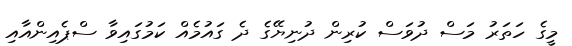
މީގެ ހަތަރު މަސް ދުވަސް ކުރިން ދުނިޔޭގެ ދެ ގައުމެއް ކަމުގައިވާ ސްޕެއިންއާއި